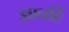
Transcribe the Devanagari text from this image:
ज्ञानहिं